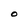
Character: O